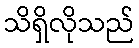
သိရှိလိုသည်